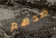
ضدهم